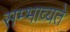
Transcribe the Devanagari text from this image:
सम्भाव्यते